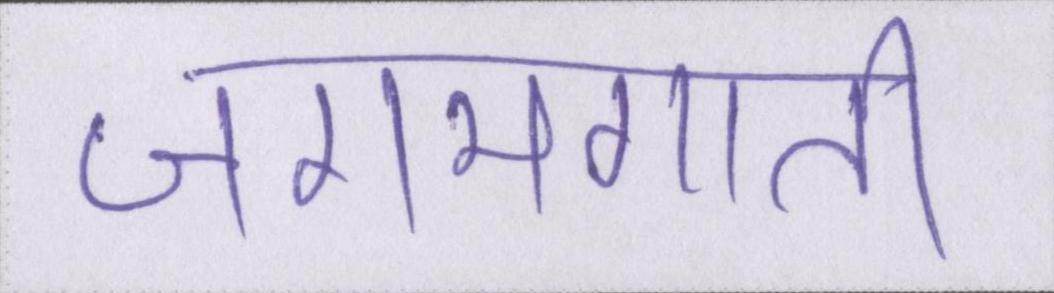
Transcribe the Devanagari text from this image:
जगमगाती